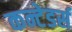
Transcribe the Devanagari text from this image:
कन्टेडर्स